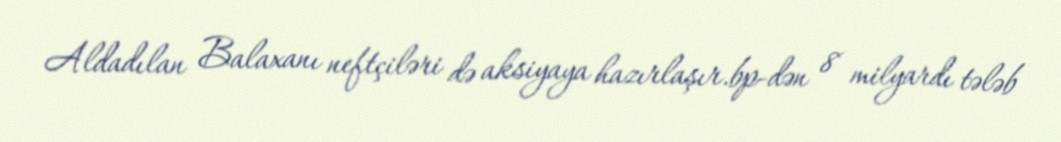
Aldadılan Balaxanı neftçiləri də aksiyaya hazırlaşır.bp-dən 8 milyardı tələb